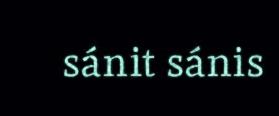
sánit sánis